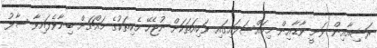
ރަޝިއާއިން ވަނީ ވާޑާއިން މިމައްސަލައިގައި ވަކިއަތަކަށް ނުޖެހޭ ހެކިތަކުގެ މައްޗަށް ބިނާވެފައިވާ ސާފު